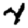
Digit: 4